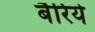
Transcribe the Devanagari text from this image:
बैरिये